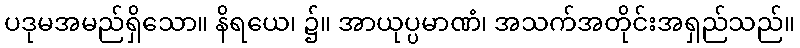
ပဒုမအမည်ရှိသော။ နိရယေ၊ ၌။ အာယုပ္ပမာဏံ၊ အသက်အတိုင်းအရှည်သည်။